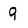
Character: 9